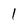
Character: 1